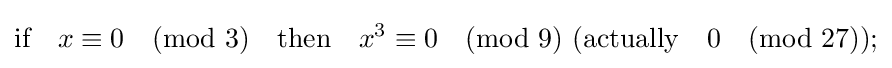
{\text{if}}\quad x\equiv 0{\pmod {3}}\quad {\text{then}}\quad x^{3}\equiv 0{\pmod {9}}{\text{ (actually}}\quad 0{\pmod {27}}{\text{)}};